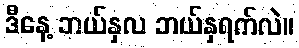
ဒီနေ့ ဘယ်နှလ ဘယ်နှရက်လဲ။